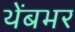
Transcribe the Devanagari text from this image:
थेंबभर